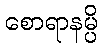
စောရာနမ္ပိ